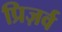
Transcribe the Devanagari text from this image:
प्रिज़र्व